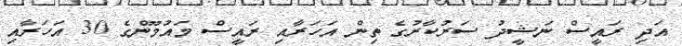
އަދި ރައީސް ނަޝީދު ސަރުކާރުގެ ތިން އަހަރާއި ރައީސް މައުމޫންގެ 30 އަހަރާއި